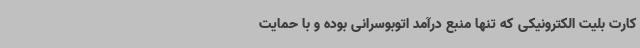
کارت بلیت الکترونیکی که تنها منبع درآمد اتوبوسرانی بوده و با حمایت